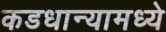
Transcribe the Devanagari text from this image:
कडधान्यामध्ये